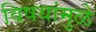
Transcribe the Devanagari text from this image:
विषयांमुळे